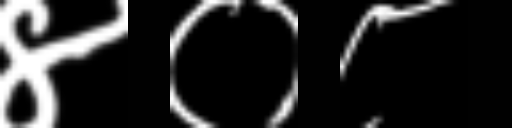
Text: ४०८